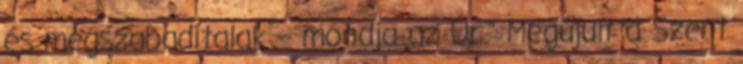
és megszabadítalak – mondja az Úr.” Megújult a Szent